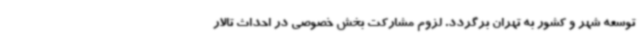
توسعه شهر و کشور به تهران برگردد. لزوم مشارکت بخش خصوصی در احداث تالار